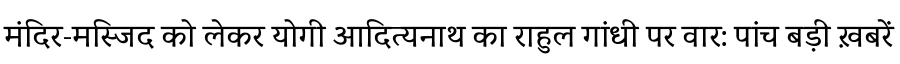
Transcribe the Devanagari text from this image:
मंदिर-मस्जिद को लेकर योगी आदित्यनाथ का राहुल गांधी पर वार: पांच बड़ी ख़बरें